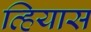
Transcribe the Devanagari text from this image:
व्हियास